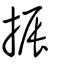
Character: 振